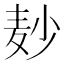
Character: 𪎊